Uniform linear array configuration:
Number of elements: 16
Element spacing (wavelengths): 0.75
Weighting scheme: binomial
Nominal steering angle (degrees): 45
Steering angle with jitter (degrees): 45.776
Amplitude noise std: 0.05
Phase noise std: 0.05

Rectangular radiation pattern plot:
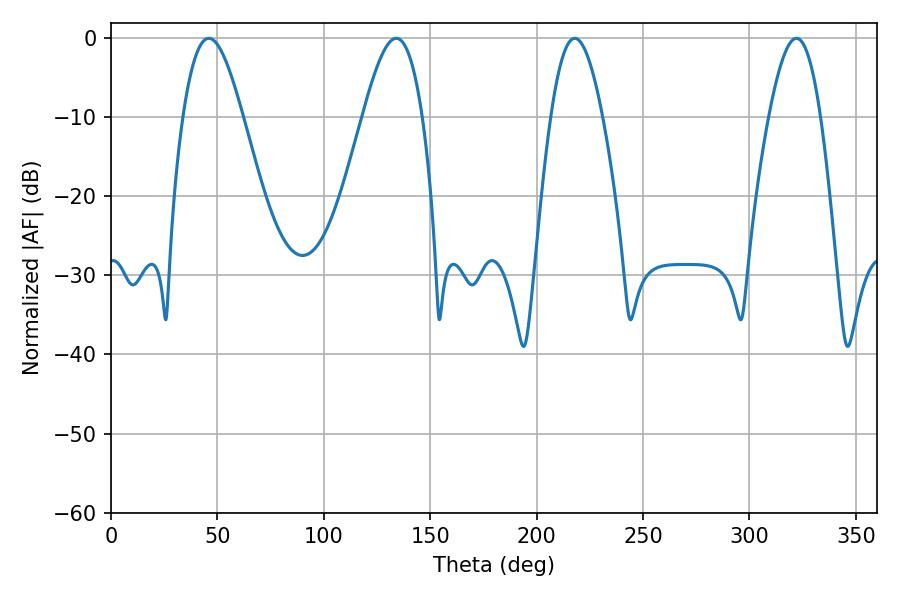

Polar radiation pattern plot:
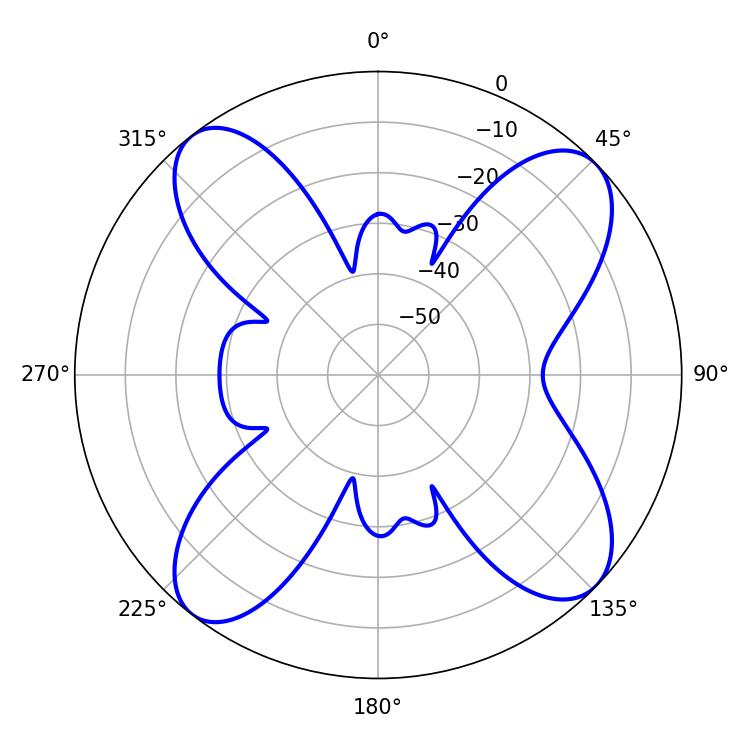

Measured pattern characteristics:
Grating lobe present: TRUE
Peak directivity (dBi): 12.483
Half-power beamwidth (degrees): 14.94
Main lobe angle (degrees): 45.9